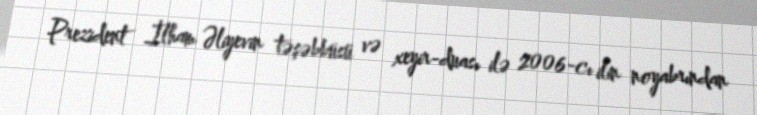
Prezident İlham Əliyevin təşəbbüsü və xeyir-duası ilə 2006-cı ilin noyabrından